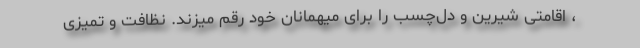
، اقامتی شیرین و دل‌چسب را برای میهمانان خود رقم میزند. نظافت و تمیزی